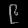
Digit: ၉